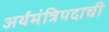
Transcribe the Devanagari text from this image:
अर्थमंत्रिपदाची